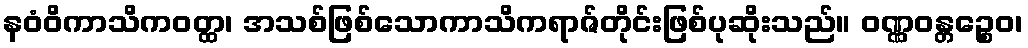
နဝံဝိကာသိကဝတ္ထ၊ အသစ်ဖြစ်သောကာသိကရာဇ်တိုင်းဖြစ်ပုဆိုးသည်။ ဝဏ္ဏဝန္တဉ္စေဝ၊